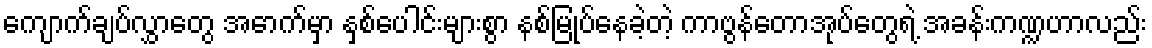
ကျောက်ချပ်လွှာတွေ အောက်မှာ နှစ်ပေါင်းများစွာ နစ်မြုပ်နေခဲ့တဲ့ ကာဗွန်တောအုပ်တွေရဲ့ အခန်းကဏ္ဍဟာလည်း